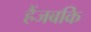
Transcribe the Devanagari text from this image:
हैंजबकि